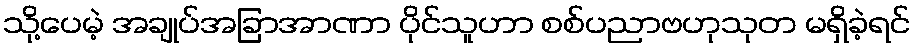
သို့ပေမဲ့ အချုပ်အခြာအာဏာ ပိုင်သူဟာ စစ်ပညာဗဟုသုတ မရှိခဲ့ရင်